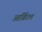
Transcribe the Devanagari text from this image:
आर्बिटल